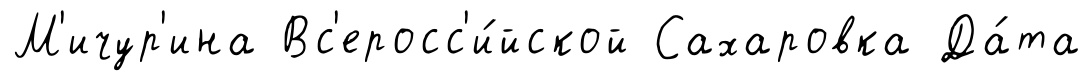
М'ичур'ина Вс'еросс'и́йской Сахаровка Да́та